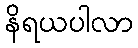
နိရယပါလာ